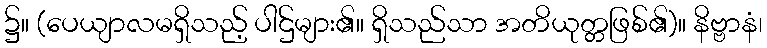
၌။ (ပေယျာလမရှိသည့် ပါဌ်များ၏။ ရှိသည်သာ အတိယုတ္တဖြစ်၏)။ နိဗ္ဗာနံ၊